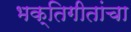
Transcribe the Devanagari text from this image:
भक्तिगीतांचा